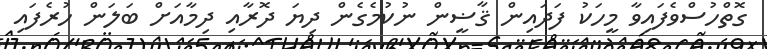
ގޮތްހުސްވެފައިވާ މީހަކު ފަދައިން ޤާޟީން ނުކުމެގެން ދިޔަ ދޮރާއި ދިމާއަށް ބަލަން ހުރެފައި